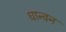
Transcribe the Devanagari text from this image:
धान्वन